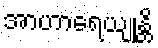
အာဟာရေယျုန္တိ